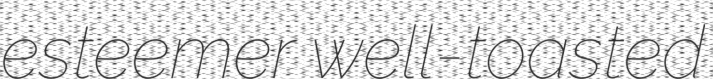
esteemer well-toasted